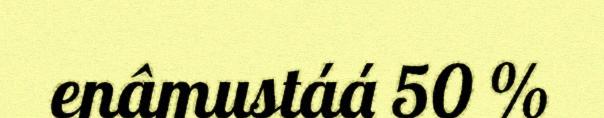
enâmustáá 50 %